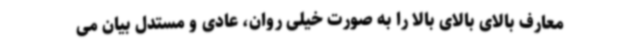
معارف بالای بالای بالا را به صورت خیلی روان، عادی و مستدل بیان می